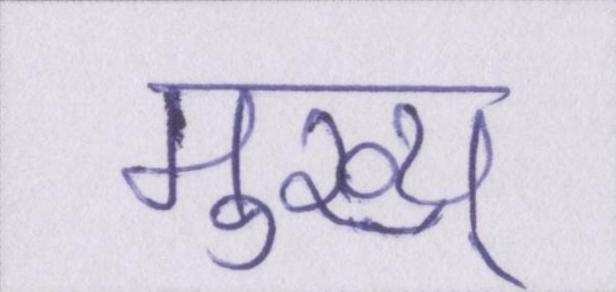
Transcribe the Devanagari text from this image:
मुख्य्